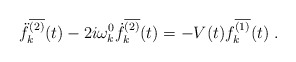
\begin{align*}\ddot{f}_k^{\overline{(2)}}(t)-2i\omega_k^0\dot{f}_k^{\overline{(2)}}(t)=-V(t)f_k^{\overline{(1)}}(t) \; .\end{align*}